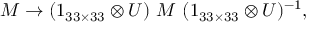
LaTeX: M \rightarrow ( 1 _ { 3 3 \times 3 3 } \otimes U ) \ M \ ( 1 _ { 3 3 \times 3 3 } \otimes U ) ^ { - 1 } ,